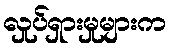
လှုပ်ရှားမှုများက